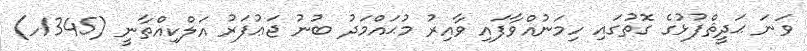
ވަނަ ޙަދީޘްފުޅުގެ ގޮތުގައި ހިމަނުއްވާފައި ވާއިރު މުޙައްމަދު ބުނު ޖަޢުފަރު އަލްކިއްތާނީ (1345ހ)